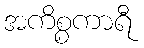
အကိစ္စကာရီ